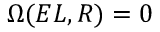
\Omega ( E L , R ) = 0